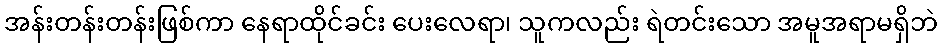
အန်းတန်းတန်းဖြစ်ကာ နေရာထိုင်ခင်း ပေးလေရာ၊ သူကလည်း ရဲတင်းသော အမူအရာမရှိဘဲ